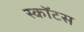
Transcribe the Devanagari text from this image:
स्काॅटस